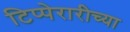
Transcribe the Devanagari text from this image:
टिप्पेरारीच्या